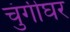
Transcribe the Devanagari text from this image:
चुंगीघर